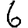
Digit: 6